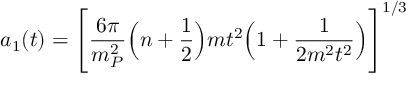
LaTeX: a _ { 1 } ( t ) = \Biggl [ \frac { 6 \pi } { m _ { P } ^ { 2 } } \Bigl ( n + \frac { 1 } { 2 } \Bigr ) m t ^ { 2 } \Bigl ( 1 + \frac { 1 } { 2 m ^ { 2 } t ^ { 2 } } \Bigr ) \Biggr ] ^ { 1 / 3 }